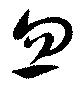
忽